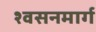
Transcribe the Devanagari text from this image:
श्‍वसनमार्ग